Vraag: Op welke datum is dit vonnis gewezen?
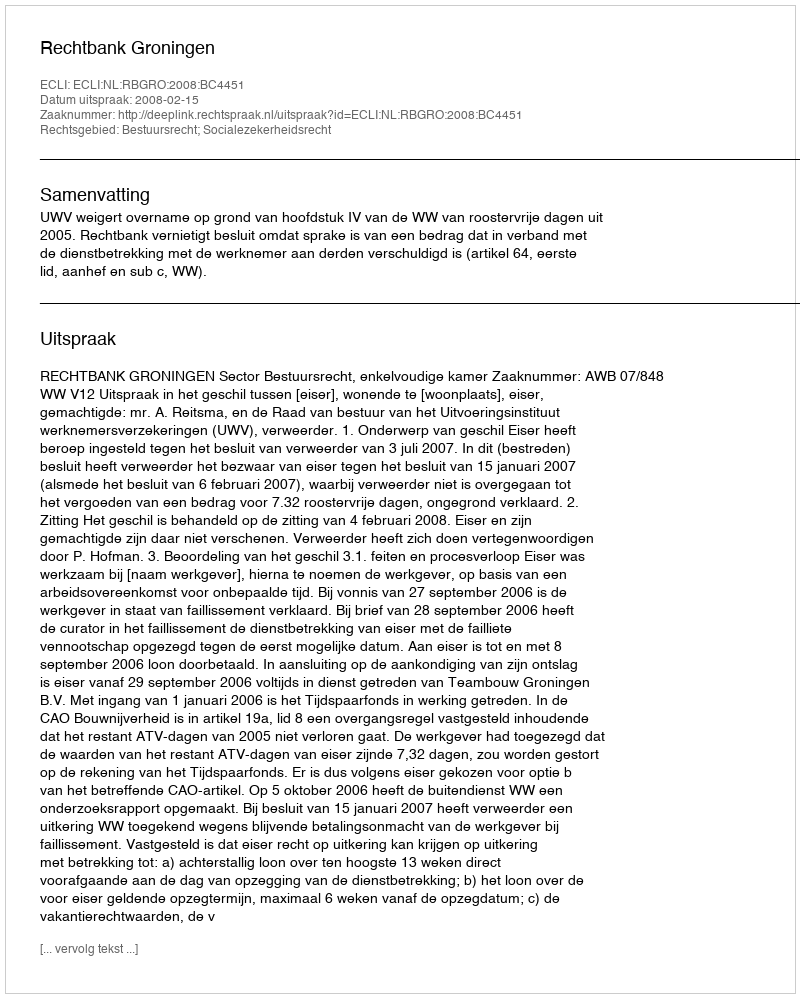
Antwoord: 2008-02-15